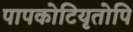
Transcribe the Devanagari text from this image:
पापकोटियृतोपि